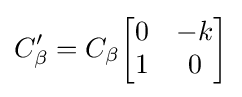
C_{\beta }'=C_{\beta }{\begin{bmatrix}0&-k\\1&0\end{bmatrix}}